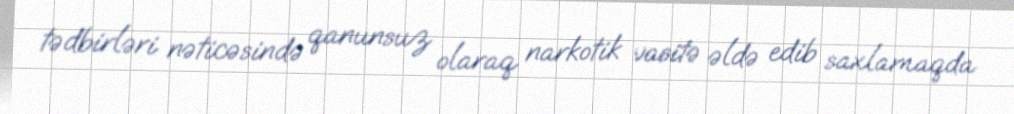
tədbirləri nəticəsində qanunsuz olaraq narkotik vasitə əldə edib saxlamaqda